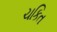
ચકિત